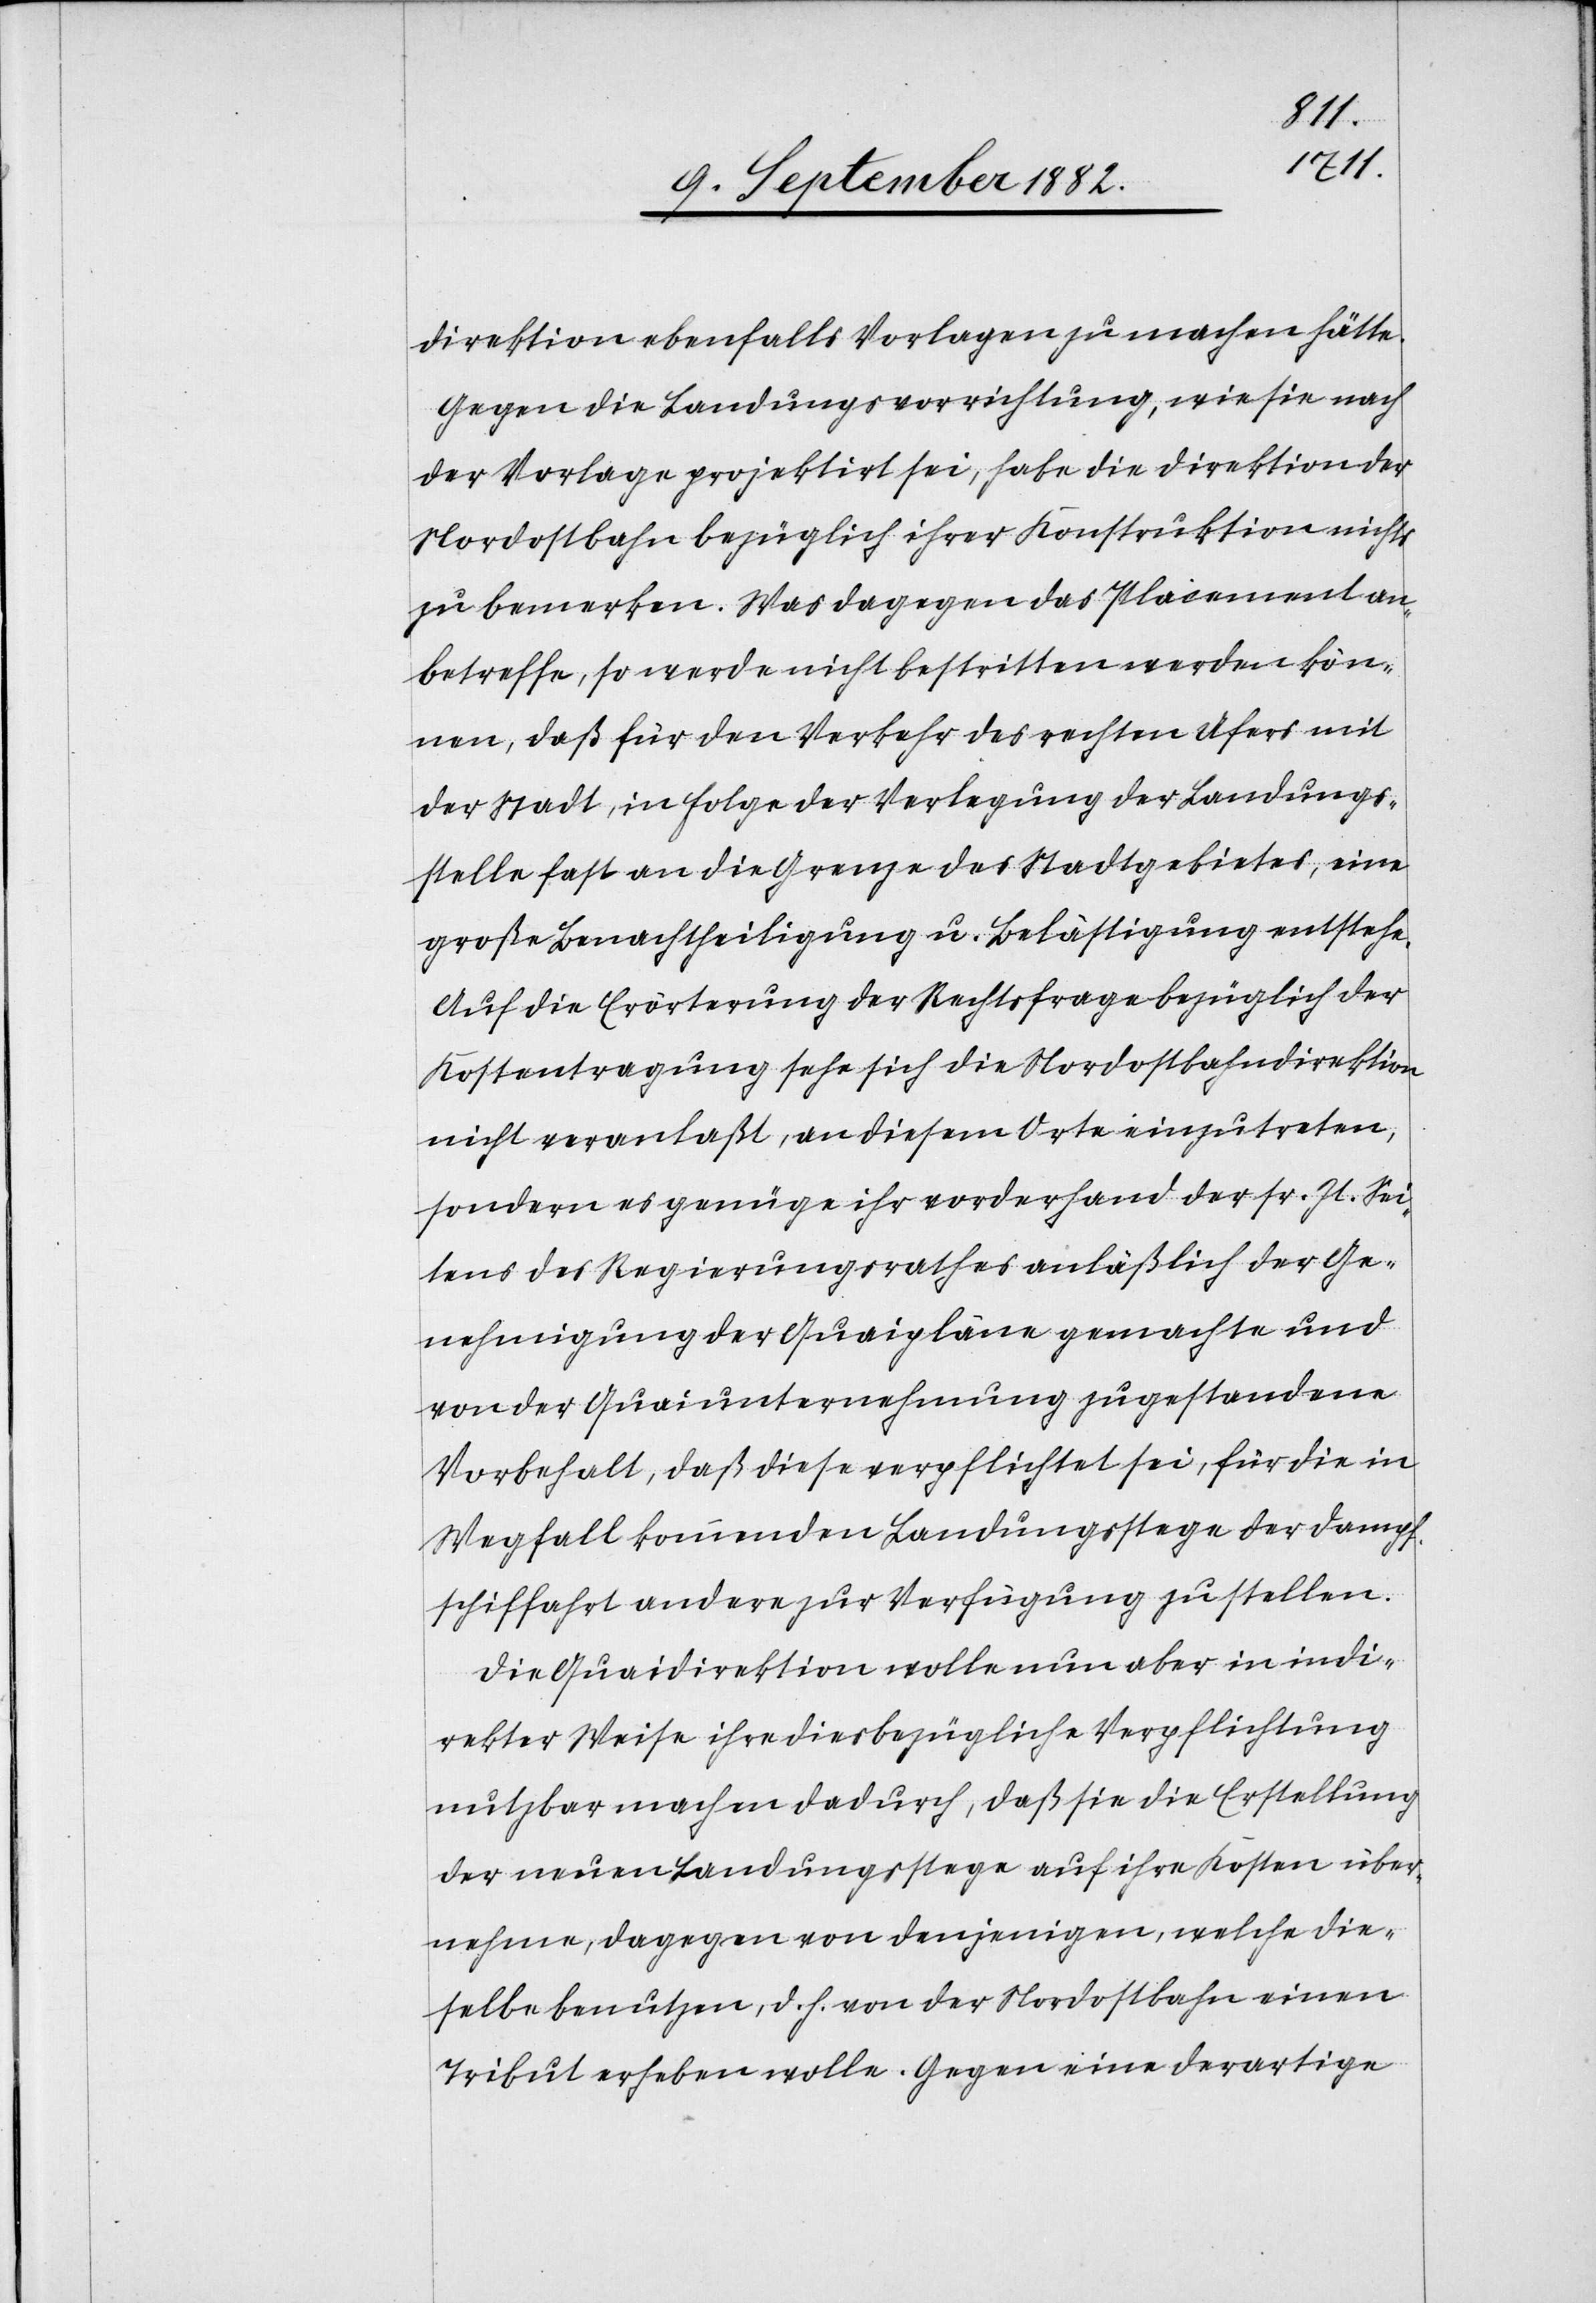
direktion ebenfalls Vorlagen zu machen hätte.
Gegen die Landungsvorrichtung, wie sie nach
der Vorlage projektirt sei, habe die Direktion der
Nordostbahn bezüglich ihrer Konstruktion nichts
zu bemerken. Was dagegen das Placement an¬
betreffe, so werde nicht bestritten werden kön¬
nen, daß für den Verkehr des rechten Ufers mit
der Stadt, in Folge der Verlegung der Landungs¬
stelle fast an die Grenze des Stadtgebietes, eine
große Benachtheiligung u. Belästigung entstehe.
Auf die Erörterung der Rechtsfrage bezüglich der
Kostentragung sehe sich die Nordostbahndirektion
nicht veranlaßt, an diesem Orte einzutreten,
sondern es genüge ihr vorderhand der sr. Zt. Sei¬
tens des Regierungsrathes anläßlich der Ge¬
nehmigung der Quaipläne gemachte und
von der Quaiunternehmung zugestandene
Vorbehalt, daß diese verpflichtet sei, für die in
Wegfall kommenden Landungsstege der Dampf¬
schiffahrt andere zur Verfügung zu stellen.
Die Quaidirektion wolle nun aber in indi¬
rekter Weise ihre diesbezügliche Verpflichtung
nutzbar machen dadurch, daß sie die Erstellung
der neuen Landungsstege auf ihre Kosten über¬
nehme, dagegen von denjenigen, welche die¬
selbe benutzen, d. h. von de Nordostbahn einen
Tribut erheben wolle. Gegen eine derartige